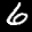
Label: 6